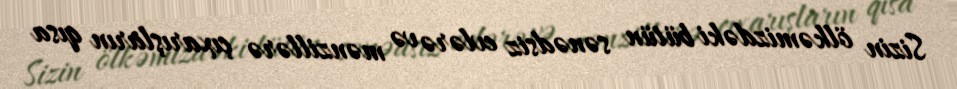
Sizin ölkəmizdəki bütün sənədsiz evlərə və mənzillərə çıxarışların qısa